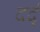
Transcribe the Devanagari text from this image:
दर्द्